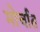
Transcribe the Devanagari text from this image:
मोर्चात